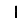
Digit: 1